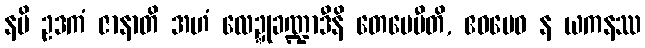
နပိ ဥဒကံ ဇာနာတိ အဟံ လေဍ္ဍုခဏ္ဍာဒီနိ တေမေမီတိ, ဧဝမေဝ န ယကနဿ